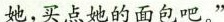
她，买点她的面包吧。